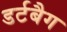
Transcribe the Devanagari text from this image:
डर्टबैग